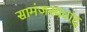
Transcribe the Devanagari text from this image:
सामंजस्यवाद